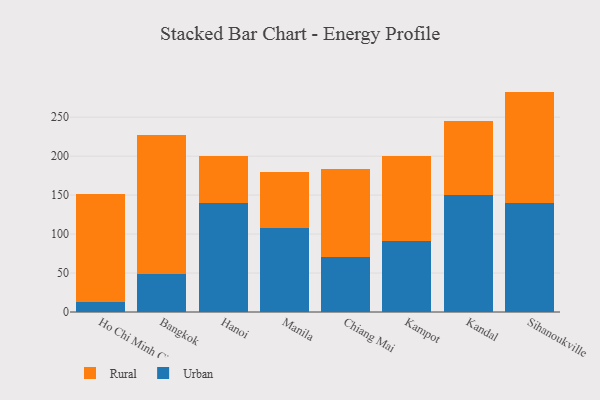
{"axis": {"x": "City", "y": "Market Share (%)"}, "legend": ["Rural", "Urban"], "data": [{"x": "Ho Chi Minh City", "y": 13.4, "type": "Urban"}, {"x": "Ho Chi Minh City", "y": 138.2, "type": "Rural"}, {"x": "Bangkok", "y": 48.5, "type": "Urban"}, {"x": "Bangkok", "y": 179.0, "type": "Rural"}, {"x": "Hanoi", "y": 139.6, "type": "Urban"}, {"x": "Hanoi", "y": 61.0, "type": "Rural"}, {"x": "Manila", "y": 107.2, "type": "Urban"}, {"x": "Manila", "y": 72.7, "type": "Rural"}, {"x": "Chiang Mai", "y": 71.1, "type": "Urban"}, {"x": "Chiang Mai", "y": 112.1, "type": "Rural"}, {"x": "Kampot", "y": 91.7, "type": "Urban"}, {"x": "Kampot", "y": 108.5, "type": "Rural"}, {"x": "Kandal", "y": 149.5, "type": "Urban"}, {"x": "Kandal", "y": 95.2, "type": "Rural"}, {"x": "Sihanoukville", "y": 140.3, "type": "Urban"}, {"x": "Sihanoukville", "y": 142.5, "type": "Rural"}]}